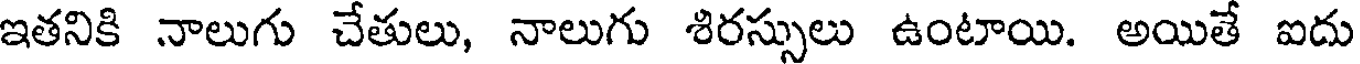
ఇతనికి నాలుగు చేతులు, నాలుగు శిరస్సులు ఉంటాయి. అయితే ఐదు